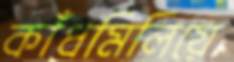
কাঁধমিলিয়ে